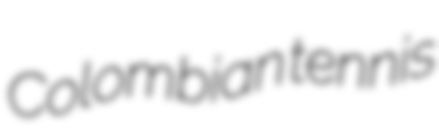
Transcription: Colombian tennis